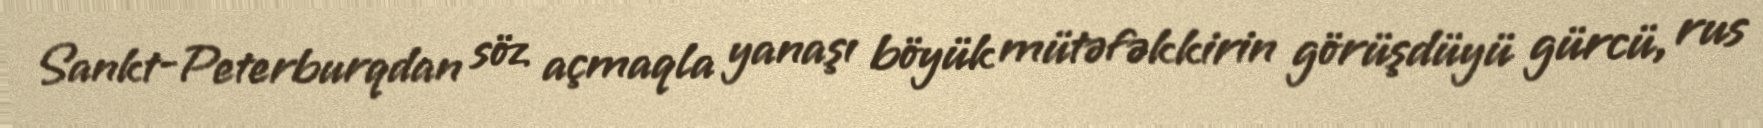
Sankt-Peterburqdan söz açmaqla yanaşı böyük mütəfəkkirin görüşdüyü gürcü, rus